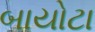
બાયોટા